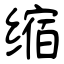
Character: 缩